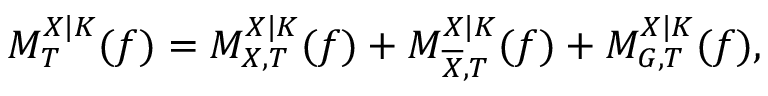
M _ { T } ^ { X | K } ( f ) = M _ { X , T } ^ { X | K } ( f ) + M _ { \overline { { X } } , T } ^ { X | K } ( f ) + M _ { G , T } ^ { X | K } ( f ) ,